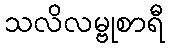
သလိလမ္ဗုစာရီ